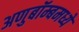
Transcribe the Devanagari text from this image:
अणुबॉम्बमध्ये